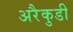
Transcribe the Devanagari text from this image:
अरैकुडी